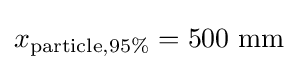
x_{{\text{particle}},95\%}=500{\text{ mm}}